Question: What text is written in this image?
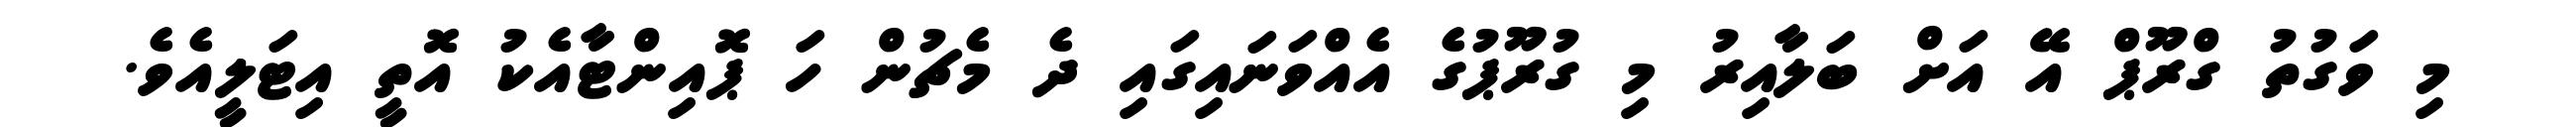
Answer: މި ވަގުތު ގްރޫޕް އޭ އަށް ބަލާއިރު މި ގުރޫޕުގެ އެއްވަނައިގައި ދެ މެޗުން ހަ ޕޮއިންޓާއެކު އޮތީ އިޓަލީއެވެ.